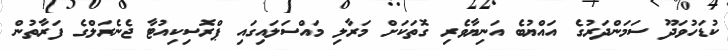
ކުޑަހުވަދޫ ސަމަންދަރުގެ އައްޔުބެ އަނިޔާވެރި ގޮތަކަށް މަރާލި މައްސަލައިގައި ޕްރޮސިކިއުޓާ ޖެނެރަލްގެ ފަރާތުން